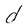
Character: d